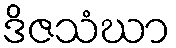
ဒိဇသံဃာ